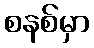
စနစ်မှာ